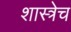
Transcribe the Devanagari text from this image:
शास्त्रेच